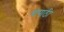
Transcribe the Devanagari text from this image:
यापाठी